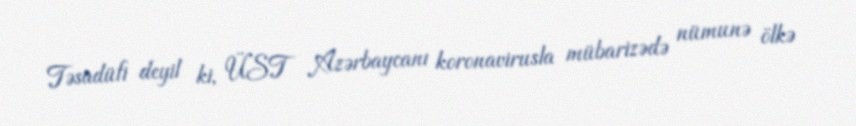
Təsadüfi deyil ki, ÜST Azərbaycanı koronavirusla mübarizədə nümunə ölkə